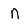
Character: n